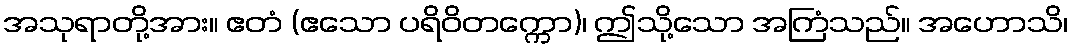
အသုရာတို့အား။ ဧတံ (ဧသော ပရိဝိတက္ကော)၊ ဤသို့သော အကြံသည်။ အဟောသိ၊